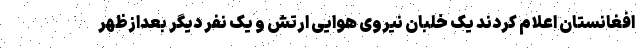
افغانستان اعلام کردند یک خلبان نیروی هوایی ارتش و یک نفر دیگر بعدازظهر